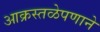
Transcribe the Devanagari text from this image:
आक्रस्तळेपणाने